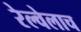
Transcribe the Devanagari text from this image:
रेल्वेलाच